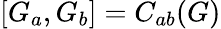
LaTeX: [G_{a},G_{b}]=C_{ab}(G)